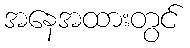
အနေအထားတွင်